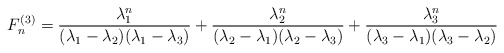
\begin{align*}F_n^{(3)}=\displaystyle \frac{\lambda_1^n}{(\lambda_1 - \lambda_2)(\lambda_1 - \lambda_3)}+\displaystyle \frac{\lambda_2^n}{(\lambda_2 - \lambda_1)(\lambda_2 - \lambda_3)}+\displaystyle \frac{\lambda_3^n}{(\lambda_3 - \lambda_1)(\lambda_3 - \lambda_2)}\end{align*}